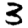
Digit: 3